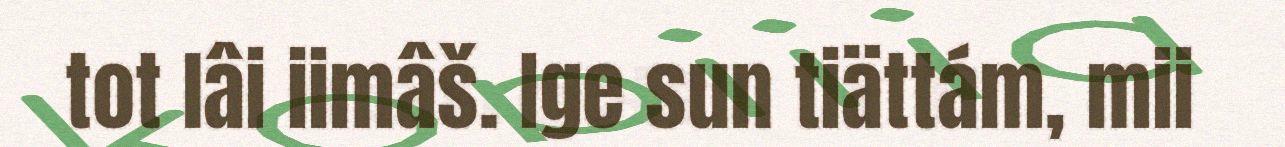
tot lâi iimâš. Ige sun tiättám, mii